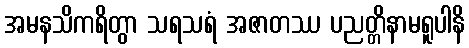
အမနသိကရိတွာ သရသရံ အဇာတဿ ပညတ္တိနာမရူပါနိ